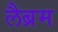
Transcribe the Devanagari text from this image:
लैब्रम